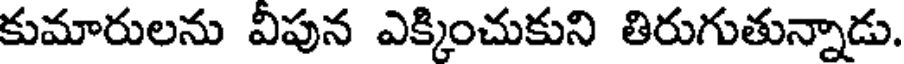
కుమారులను విపున ఎక్కించుకుని తిరుగుతున్నాడు.